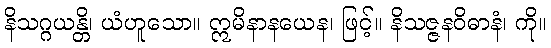
နိသဂ္ဂယန္တိ၊ ယံဟူသော။ ဣမိနာနယေန၊ ဖြင့်။ နိသဇ္ဇနဝိဓာနံ၊ ကို။